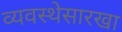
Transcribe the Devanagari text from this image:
व्यवस्थेसारखा